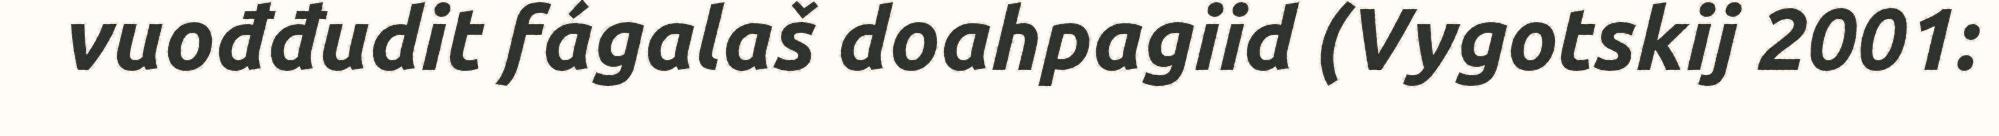
vuođđudit fágalaš doahpagiid (Vygotskij 2001: